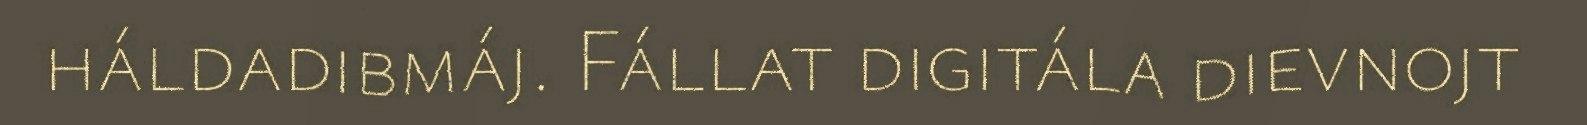
háldadibmáj. Fállat digitála dievnojt